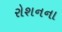
રોશનના